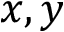
x , y